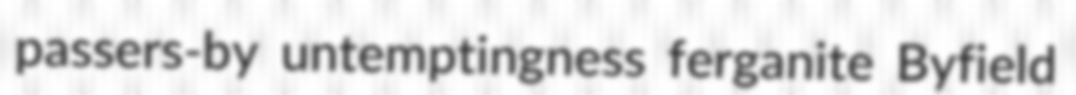
passers-by untemptingness ferganite Byfield